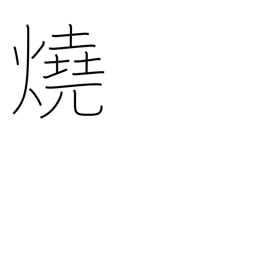
Meaning: bake